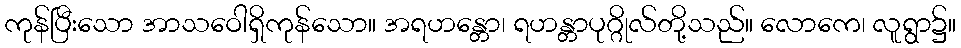
ကုန်ပြီးသော အာသဝေါရှိကုန်သော။ အရဟန္တော၊ ရဟန္တာပုဂ္ဂိုလ်တို့သည်။ လောကေ၊ လူရွာ၌။